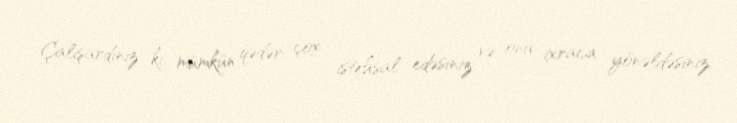
Çalışardınız ki, mümkün qədər çox istehsal edəsiniz və onu ixraca yönəldəsiniz,